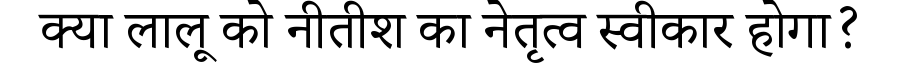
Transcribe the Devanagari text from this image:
क्या लालू को नीतीश का नेतृत्व स्वीकार होगा?